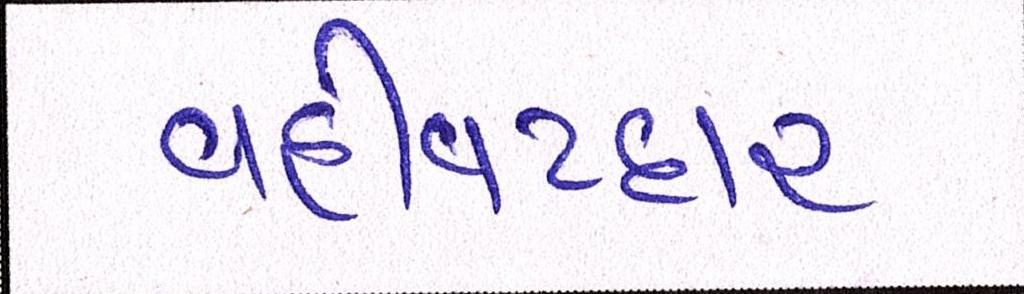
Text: વહીવટદાર